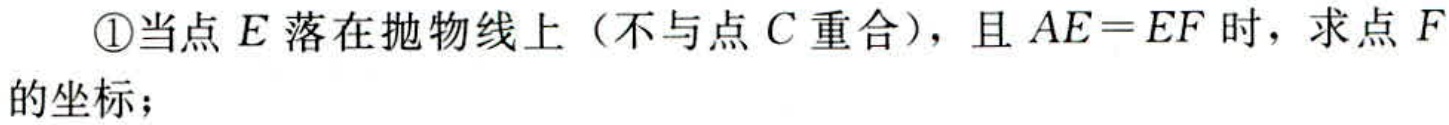
\textcircled{1}当点\(E\)落在抛物线上（不与点\(C\)重合），且\(AE = EF\)时，求点\(F\)的坐标；